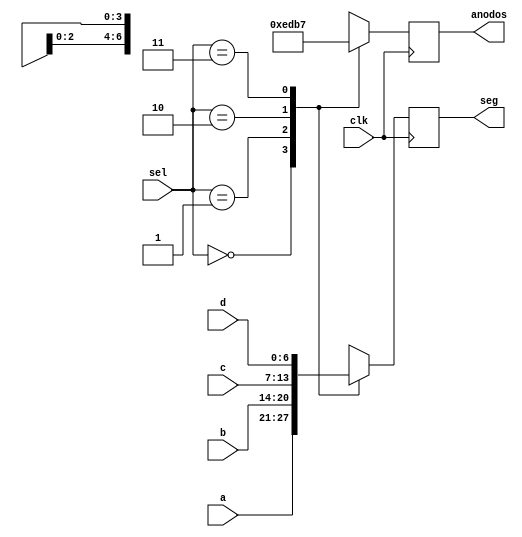
`timescale 1ns / 1ps
//////////////////////////////////////////////////////////////////////////////////
// Company: 
// Engineer: 
// 
// Design Name: 
// Module Name:    Mux4bits 
// Project Name: 
// Target Devices: 
// Tool versions: 
// Description: 
//
// Dependencies: 
//
// Revision: 
// Revision 0.01 - File Created
// Additional Comments: 
//
//////////////////////////////////////////////////////////////////////////////////
module Mux4bits(input wire [6:0] a,b,c,d, input wire clk,
input wire [1:0] sel,
output reg [3:0] anodos,output reg [6:0] seg
    );
	 

always @(posedge clk) begin
case(sel)

2'b00:begin 
      seg<=a;
		anodos<=4'b1110;
end


2'b01:begin 
      seg<=b;
		anodos<=4'b1101;
end

2'b10:begin 
      seg<=c;
		anodos<=4'b1011;
end

2'b11:begin 
      seg<=d;
		anodos<=4'b0111;
end




endcase





end





endmodule